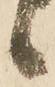
候